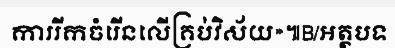
ការរីកចំរើនលើគ្រប់វិស័យ»៕B/អត្ថបទ